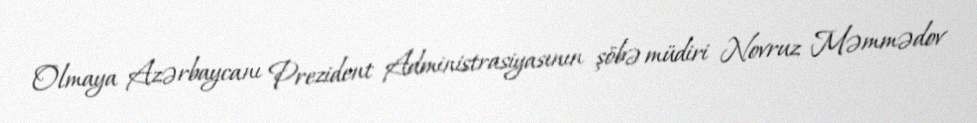
Olmaya Azərbaycanı Prezident Administrasiyasının şöbə müdiri Novruz Məmmədov